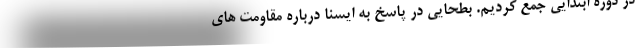
در دوره ابتدایی جمع کردیم. بطحایی در پاسخ به ایسنا درباره مقاومت های